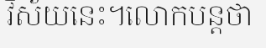
វិស័យនេះ។លោកបន្តថា